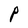
Character: P